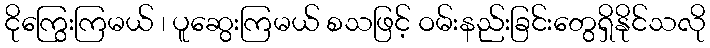
ငိုကြွေးကြမယ် ၊ ပူဆွေးကြမယ် စသဖြင့် ဝမ်းနည်းခြင်းတွေရှိနိုင်သလို